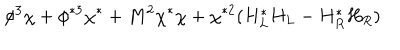
\phi ^ { 3 } \chi + \phi ^ { * 3 } \chi ^ { * } + M ^ { 2 } \chi ^ { * } \chi + \chi ^ { * 2 } ( H _ { L } ^ { * } H _ { L } - H _ { R } ^ { * } H _ { R } )